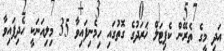
އަދި މީގެ ތެރޭން ކެޕިޓަލް ޚަރަދުގެ ގޮތުގައި ހިމެނިފައިވާ 35 މިލިއަނަކީ ހެދިފައިވާ